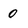
Character: 0